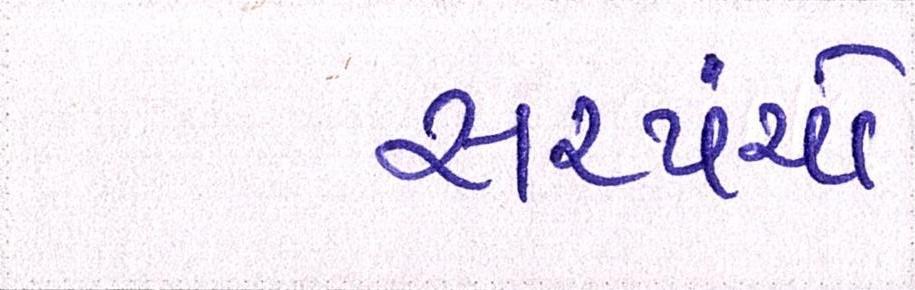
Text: સરપંચો